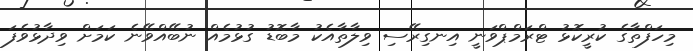
މިހަފްތާގެ ކުރީކޮޅު ޓްރަމްޕްވަނީ އިނގިރޭސި ވިލާތާއެކު މާބޮޑު ގުޅުމެއް ނުބޭއްވޭނެ ކަމަށް ވިދާޅުވެފަ